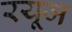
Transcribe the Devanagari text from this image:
रयूज